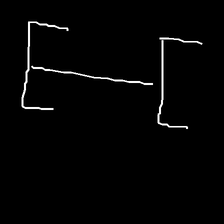
Glyph: entwine